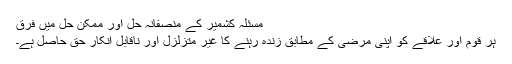
مسئلہ کشمیر کے منصفانہ حل اور ممکن حل میں فرق
ہر قوم اور علاقے کو اپنی مرضی کے مطابق زندہ رہنے کا غیر متزلزل اور ناقابلِ انکار حق حاصل ہے۔